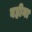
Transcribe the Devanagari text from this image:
वहीना